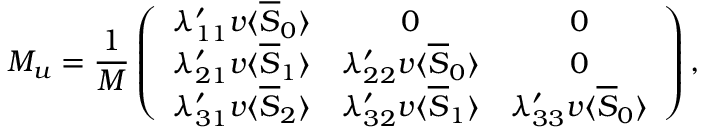
M _ { u } = \frac { 1 } { M } \left( \begin{array} { c c c } { { \lambda _ { 1 1 } ^ { \prime } v \langle \overline { { { S } } } _ { 0 } \rangle } } & { { 0 } } & { { 0 } } \\ { { \lambda _ { 2 1 } ^ { \prime } v \langle \overline { { { S } } } _ { 1 } \rangle } } & { { \lambda _ { 2 2 } ^ { \prime } v \langle \overline { { { S } } } _ { 0 } \rangle } } & { { 0 } } \\ { { \lambda _ { 3 1 } ^ { \prime } v \langle \overline { { { S } } } _ { 2 } \rangle } } & { { \lambda _ { 3 2 } ^ { \prime } v \langle \overline { { { S } } } _ { 1 } \rangle } } & { { \lambda _ { 3 3 } ^ { \prime } v \langle \overline { { { S } } } _ { 0 } \rangle } } \end{array} \right) ,